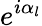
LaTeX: e^{i\alpha_{l}}